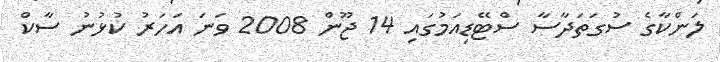
ލަންކާގެ ސުގަތަދާސާ ސްޓޭޑިއަމުގައި 14 ޖޫން 2008 ވަނަ އަހަރު ކުޅުނު ސާކް